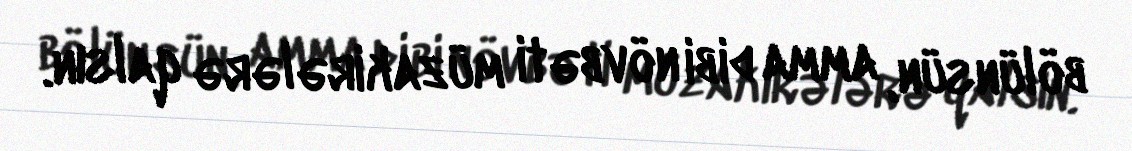
bölünsün, amma dibi növbəti müzakirələrə qalsın.